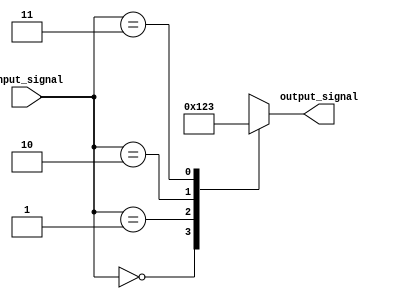
module simple_case(
    input wire [1:0] input_signal,
    output reg [3:0] output_signal
);

always @(*) begin
    case(input_signal)
        2'b00: output_signal = 4'b0000;
        2'b01: output_signal = 4'b0001;
        2'b10: output_signal = 4'b0010;
        2'b11: output_signal = 4'b0011;
        default: output_signal = 4'b1111;
    endcase
end

endmodule